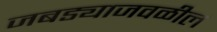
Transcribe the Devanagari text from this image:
जबड्याजवळील